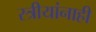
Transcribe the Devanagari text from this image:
स्त्रीयांनाही